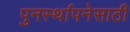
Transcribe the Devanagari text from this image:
पुनर्स्थापनेसाठी